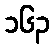
၁၆၃